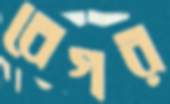
বেগর